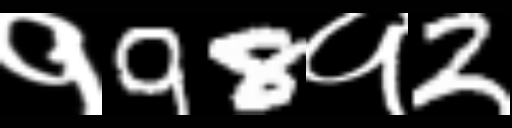
Text: १98१2